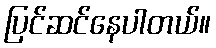
ပြင်ဆင်နေပါတယ်။